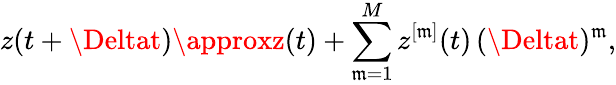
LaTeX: z(t+\Deltat)\approxz(t)+\sum_{\mathfrak{m}=1}^{M}z^{[\mathfrak{m}]}(t)\, (\Deltat)^{\mathfrak{m}},